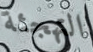
التهجئة